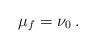
LaTeX: \begin{align*}\mu_f=\nu_0\,.\end{align*}